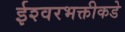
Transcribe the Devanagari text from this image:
ईश्‍वरभक्तीकडे